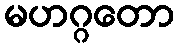
မဟဂ္ဂတော